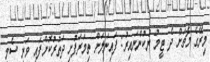
މިރޭގެ މެޗަށް ދެ ޓީމު ނުކުންނައިރު: ފައިނަލަށް ތިމަރަފުށި ދަތުރުކޮށްފައި ވަނީ ސެމީ